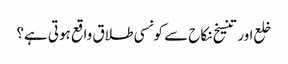
خلع اور تنسیخ نکاح سے کونسی طلاق واقع ہوتی ہے؟